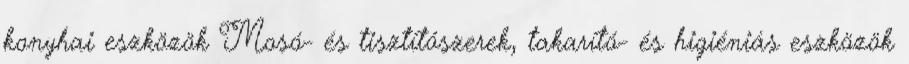
konyhai eszközök Mosó- és tisztítószerek, takarító- és higiéniás eszközök